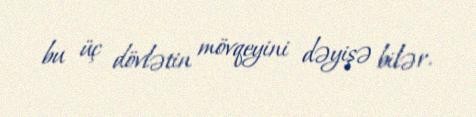
bu üç dövlətin mövqeyini dəyişə bilər.